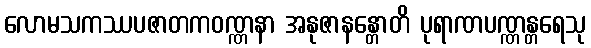
လောမသကဿပဇာတကဝဏ္ဏနာ အနုဇာနန္တောတိ ပုရာဏပဏ္ဏန္တရေသု